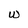
Character: W